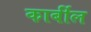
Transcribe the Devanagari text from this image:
कार्बील